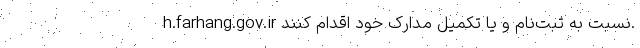
h.farhang.gov.ir نسبت به ثبت‌نام و یا تکمیل مدارک خود اقدام کنند.